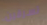
تسرقين